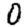
Digit: 0